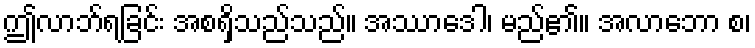
ဤလာဘ်ရခြင်း အစရှိသည်သည်။ အဿာဒေါ၊ မည်၏။ အလာဘော စ၊